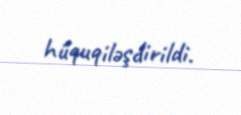
hüquqiləşdirildi.